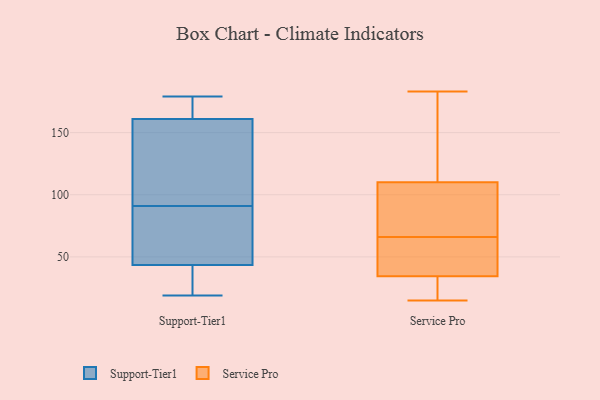
{"axis": {"x": "Revenue (USD Million)", "y": "Value"}, "legend": ["Service Pro", "Support-Tier1"], "data": [{"x": "", "y": 45, "type": "Support-Tier1"}, {"x": "", "y": 159, "type": "Support-Tier1"}, {"x": "", "y": 167, "type": "Support-Tier1"}, {"x": "", "y": 171, "type": "Support-Tier1"}, {"x": "", "y": 45, "type": "Support-Tier1"}, {"x": "", "y": 179, "type": "Support-Tier1"}, {"x": "", "y": 49, "type": "Support-Tier1"}, {"x": "", "y": 40, "type": "Support-Tier1"}, {"x": "", "y": 91, "type": "Support-Tier1"}, {"x": "", "y": 19, "type": "Support-Tier1"}, {"x": "", "y": 32, "type": "Support-Tier1"}, {"x": "", "y": 91, "type": "Support-Tier1"}, {"x": "", "y": 163, "type": "Support-Tier1"}, {"x": "", "y": 109, "type": "Support-Tier1"}, {"x": "", "y": 42, "type": "Support-Tier1"}, {"x": "", "y": 128, "type": "Support-Tier1"}, {"x": "", "y": 116, "type": "Service Pro"}, {"x": "", "y": 85, "type": "Service Pro"}, {"x": "", "y": 22, "type": "Service Pro"}, {"x": "", "y": 152, "type": "Service Pro"}, {"x": "", "y": 34, "type": "Service Pro"}, {"x": "", "y": 36, "type": "Service Pro"}, {"x": "", "y": 42, "type": "Service Pro"}, {"x": "", "y": 15, "type": "Service Pro"}, {"x": "", "y": 25, "type": "Service Pro"}, {"x": "", "y": 92, "type": "Service Pro"}, {"x": "", "y": 75, "type": "Service Pro"}, {"x": "", "y": 46, "type": "Service Pro"}, {"x": "", "y": 66, "type": "Service Pro"}, {"x": "", "y": 183, "type": "Service Pro"}, {"x": "", "y": 133, "type": "Service Pro"}]}